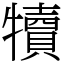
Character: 犢